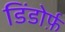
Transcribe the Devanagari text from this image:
डिंडोर्फ़